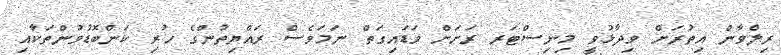
ރިލްވާން އިތުރަށް ވިދާޅުވީ މިނިސްޓަރ ރަށަށް ވަޑައިގަތް ނަމަވެސް ރައްޔިތުންގެ ހުރި ކަންބޮޑުވުންތަކާއި